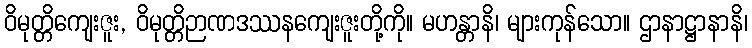
ဝိမုတ္တိကျေးဇူး, ဝိမုတ္တိဉာဏဒဿနကျေးဇူးတို့ကို။ မဟန္တာနိ၊ များကုန်သော။ ဌာနာဋ္ဌာနာနိ၊